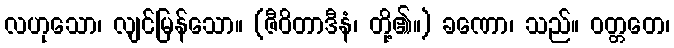
လဟုသော၊ လျင်မြန်သော။ (ဇီဝိတာဒီနံ၊ တို့၏။) ခဏော၊ သည်။ ဝတ္တတေ၊